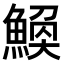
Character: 𫙪